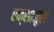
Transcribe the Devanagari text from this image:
एक्साजूल